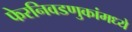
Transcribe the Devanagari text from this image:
फेरनिवडणुकांमध्ये